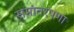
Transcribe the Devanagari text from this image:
समांतरपणा